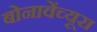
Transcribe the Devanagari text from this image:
बोनावेंच्यूरा